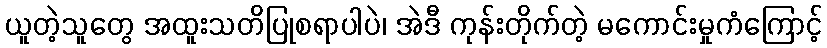
ယူတဲ့သူတွေ အထူးသတိပြုစရာပါပဲ၊ အဲဒီ ကုန်းတိုက်တဲ့ မကောင်းမှုကံကြောင့်